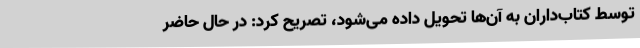
توسط کتاب‌داران به آن‌ها تحویل داده‌ می‌شود، تصریح کرد: در حال حاضر